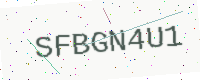
Text: SFBGN4U1